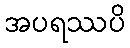
အပရဿပိ